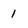
Character: 1